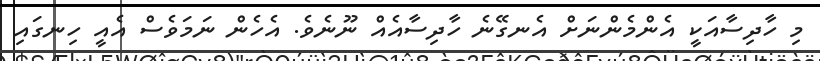
މި ހާދިސާއަކީ އެންމެންނަށް އެނގޭނެ ހާދިސާއެއް ނޫނެވެ. އެހެން ނަމަވެސް އެއީ ހިނގައި